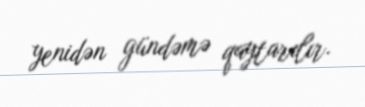
yenidən gündəmə qaytarılır.